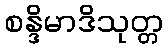
စန္ဒိမာဒိသုတ္တ